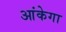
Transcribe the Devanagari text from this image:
आंकेगा